Scottish Certificate of Education, 1963
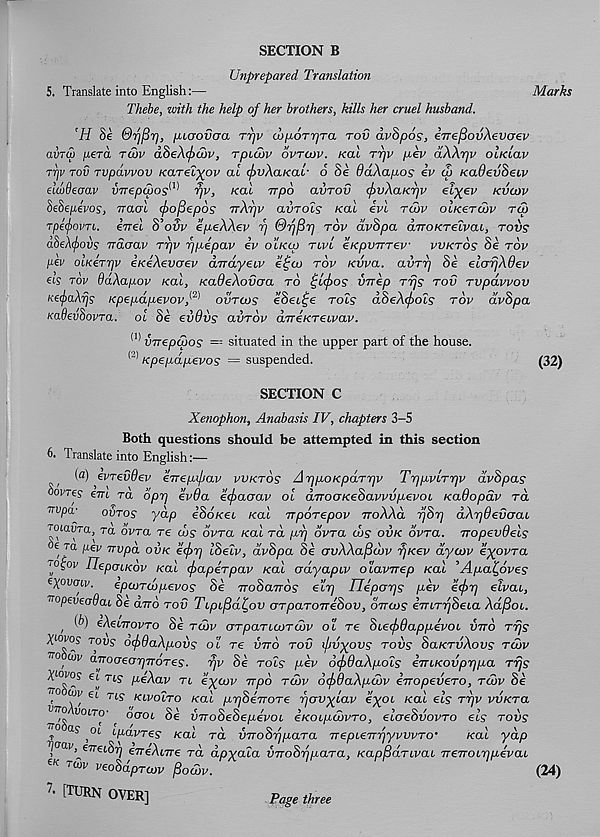
Marks
(32)
SECTION B
Unprepared Translation
5. Translate into English:—
Thebe, with the help of her brothers, kills her cruel husband.
’H Se Qfjfirj, lumvaa rrjv oj/xorr/ra tov a.v8p6s, €7Te[3ovAevcrev
avrS) per a tow dSeAfow, rpicuv ovtojv. Kal rf/v pev aAArjv o he Lav
TTjv tov Tvpdvvov KCLTefyov at fvAaKac- 6 Se 9dA.ap.os ev <f> KaOevSeiv
dwdeaav vTrepu>os m rjv, /cat rrpo oajtov cf>vXaKr)v efyev kvcov
SeSepevos, Tracrt (fiofiepos rrArjv avTols /cat ivl twv oiKeTobv to)
TpefovTL. errel A’ovv epeAAev f] Qf)fir) tov dvSpa diroKTeivai, tovs
aheAcfiovs Trdaav Trjv rjpepav ev o’lkcq tlvl eKpvTTTew vvktos Se tov
pev oiKCTrjv exiAevcrev dirdyeLV e£a> tov xvva. avrrj Se elorjABev
as tov BdAapov real, KaOeAovaa to £i<f>os vnep Trjs tov Tvpdvvov
KafiaXfjs xpepapevov,^ ovtcos eSet^e rot? dheAfois tov dvSpa
KtxdevftovTa. ol Se evdvs avTov direKTeLvav.
m vnepepos == situated in the upper part of the house.
( “ ) xpepdpevos = suspended.
SECTION C
Xenophon, Anabasis IV, chapters 3-5
Both questions should be attempted in this section
6- Translate into English:—
(«) evTevdev errepfiav vvktos ArjpoKpaTTjv TrjpvLTTjv dvSpas
oovTes em to. opr] evda eejraoav ol aTrooKeSavvvp.evoL xadopav rd
TTvpa-
ovtos yap e’So/cet /cat irpoTepov rroXAd rjSr] dArjOevcraL
rotaura, ra ovto re cos ovra /cat rd pf] ovra cos ovk ovra. Tropevdels
era pev vvpd ovk e<f>r] I8elv, dvSpa Se ovXXafidw f/Kev dycov eyovra
fsov IlepoLKov /cat (jrapeTpav Kal adyapev olavirep /cat ’Apa^dves
€ X 0Va f v - epcoTcopevos Se Trod ottos ecr] Tlepaps pev efr] elvai,
vopeveodai Se an 6 tov TcpL^d^ov oTpaTonedov, on cos eVtTTjSeta Ad/Soi.
, ( eXeinovTo Se tow aTpaTLWTcbv ol re SLefdappevoL vnd Trjs
X^ovos tovs o<f)9aApovs ol tc vnd tov ifivyovs tovs SoktvAovs tlov
tto cuv anoaearjnoTes. rjv Se rot? pev 6(f>9aApoLS enLKovprjpa rrjs
X^ovos et rtj piAav tl eycov npd tow df QaApdw enopevero, tcov Se
TTOdCUV e)'
c
/»/
\ - >
\
/
f
'
tls klvolto Kai firjoeTrore rjav^iav €X 0i Kai ei^ T V V wktcl
Wo volto' ' daoL Se vnoSeSepevoL eKOLpcbvTO, elcreSvovTo els tovs
t
oi ipavres xal rd vnoSfipaTa nepLenvyvvvTO’
/cat ydp
/ ^ inziuj] €7T€Ai7T€ ra apxcua virobrj/iaTa, Kapparcvcu tt €17017] pev at
eK TU)V V(; oddpTajv fiodw.
(24)
A [TURN OVER]
Page three